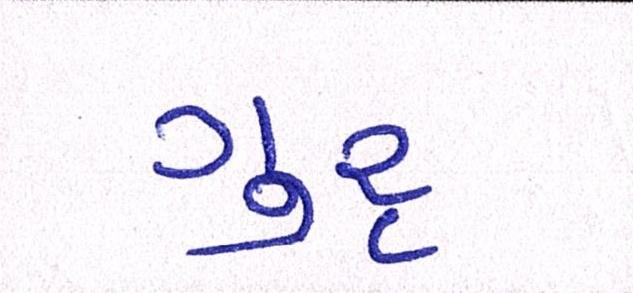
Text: ગુરૃ